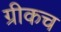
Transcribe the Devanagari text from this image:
ग्रीकच